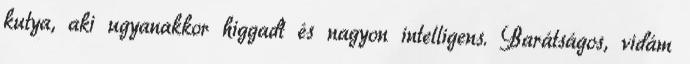
kutya, aki ugyanakkor higgadt és nagyon intelligens. Barátságos, vidám